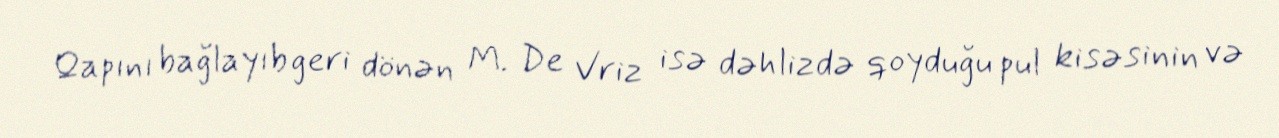
Qapını bağlayıb geri dönən M. De Vriz isə dəhlizdə qoyduğu pul kisəsinin və